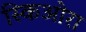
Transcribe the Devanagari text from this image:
स्किओरा